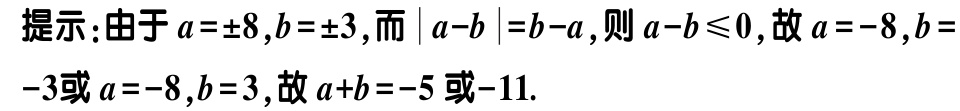
提示：由于\(a = \pm 8,b = \pm 3\)，而\(\vert a - b\vert = b - a\)，则\(a - b\leqslant0\)，故\(a = - 8,b = - 3\)或\(a = - 8,b = 3\)，故\(a + b = - 5\)或\(-11\).